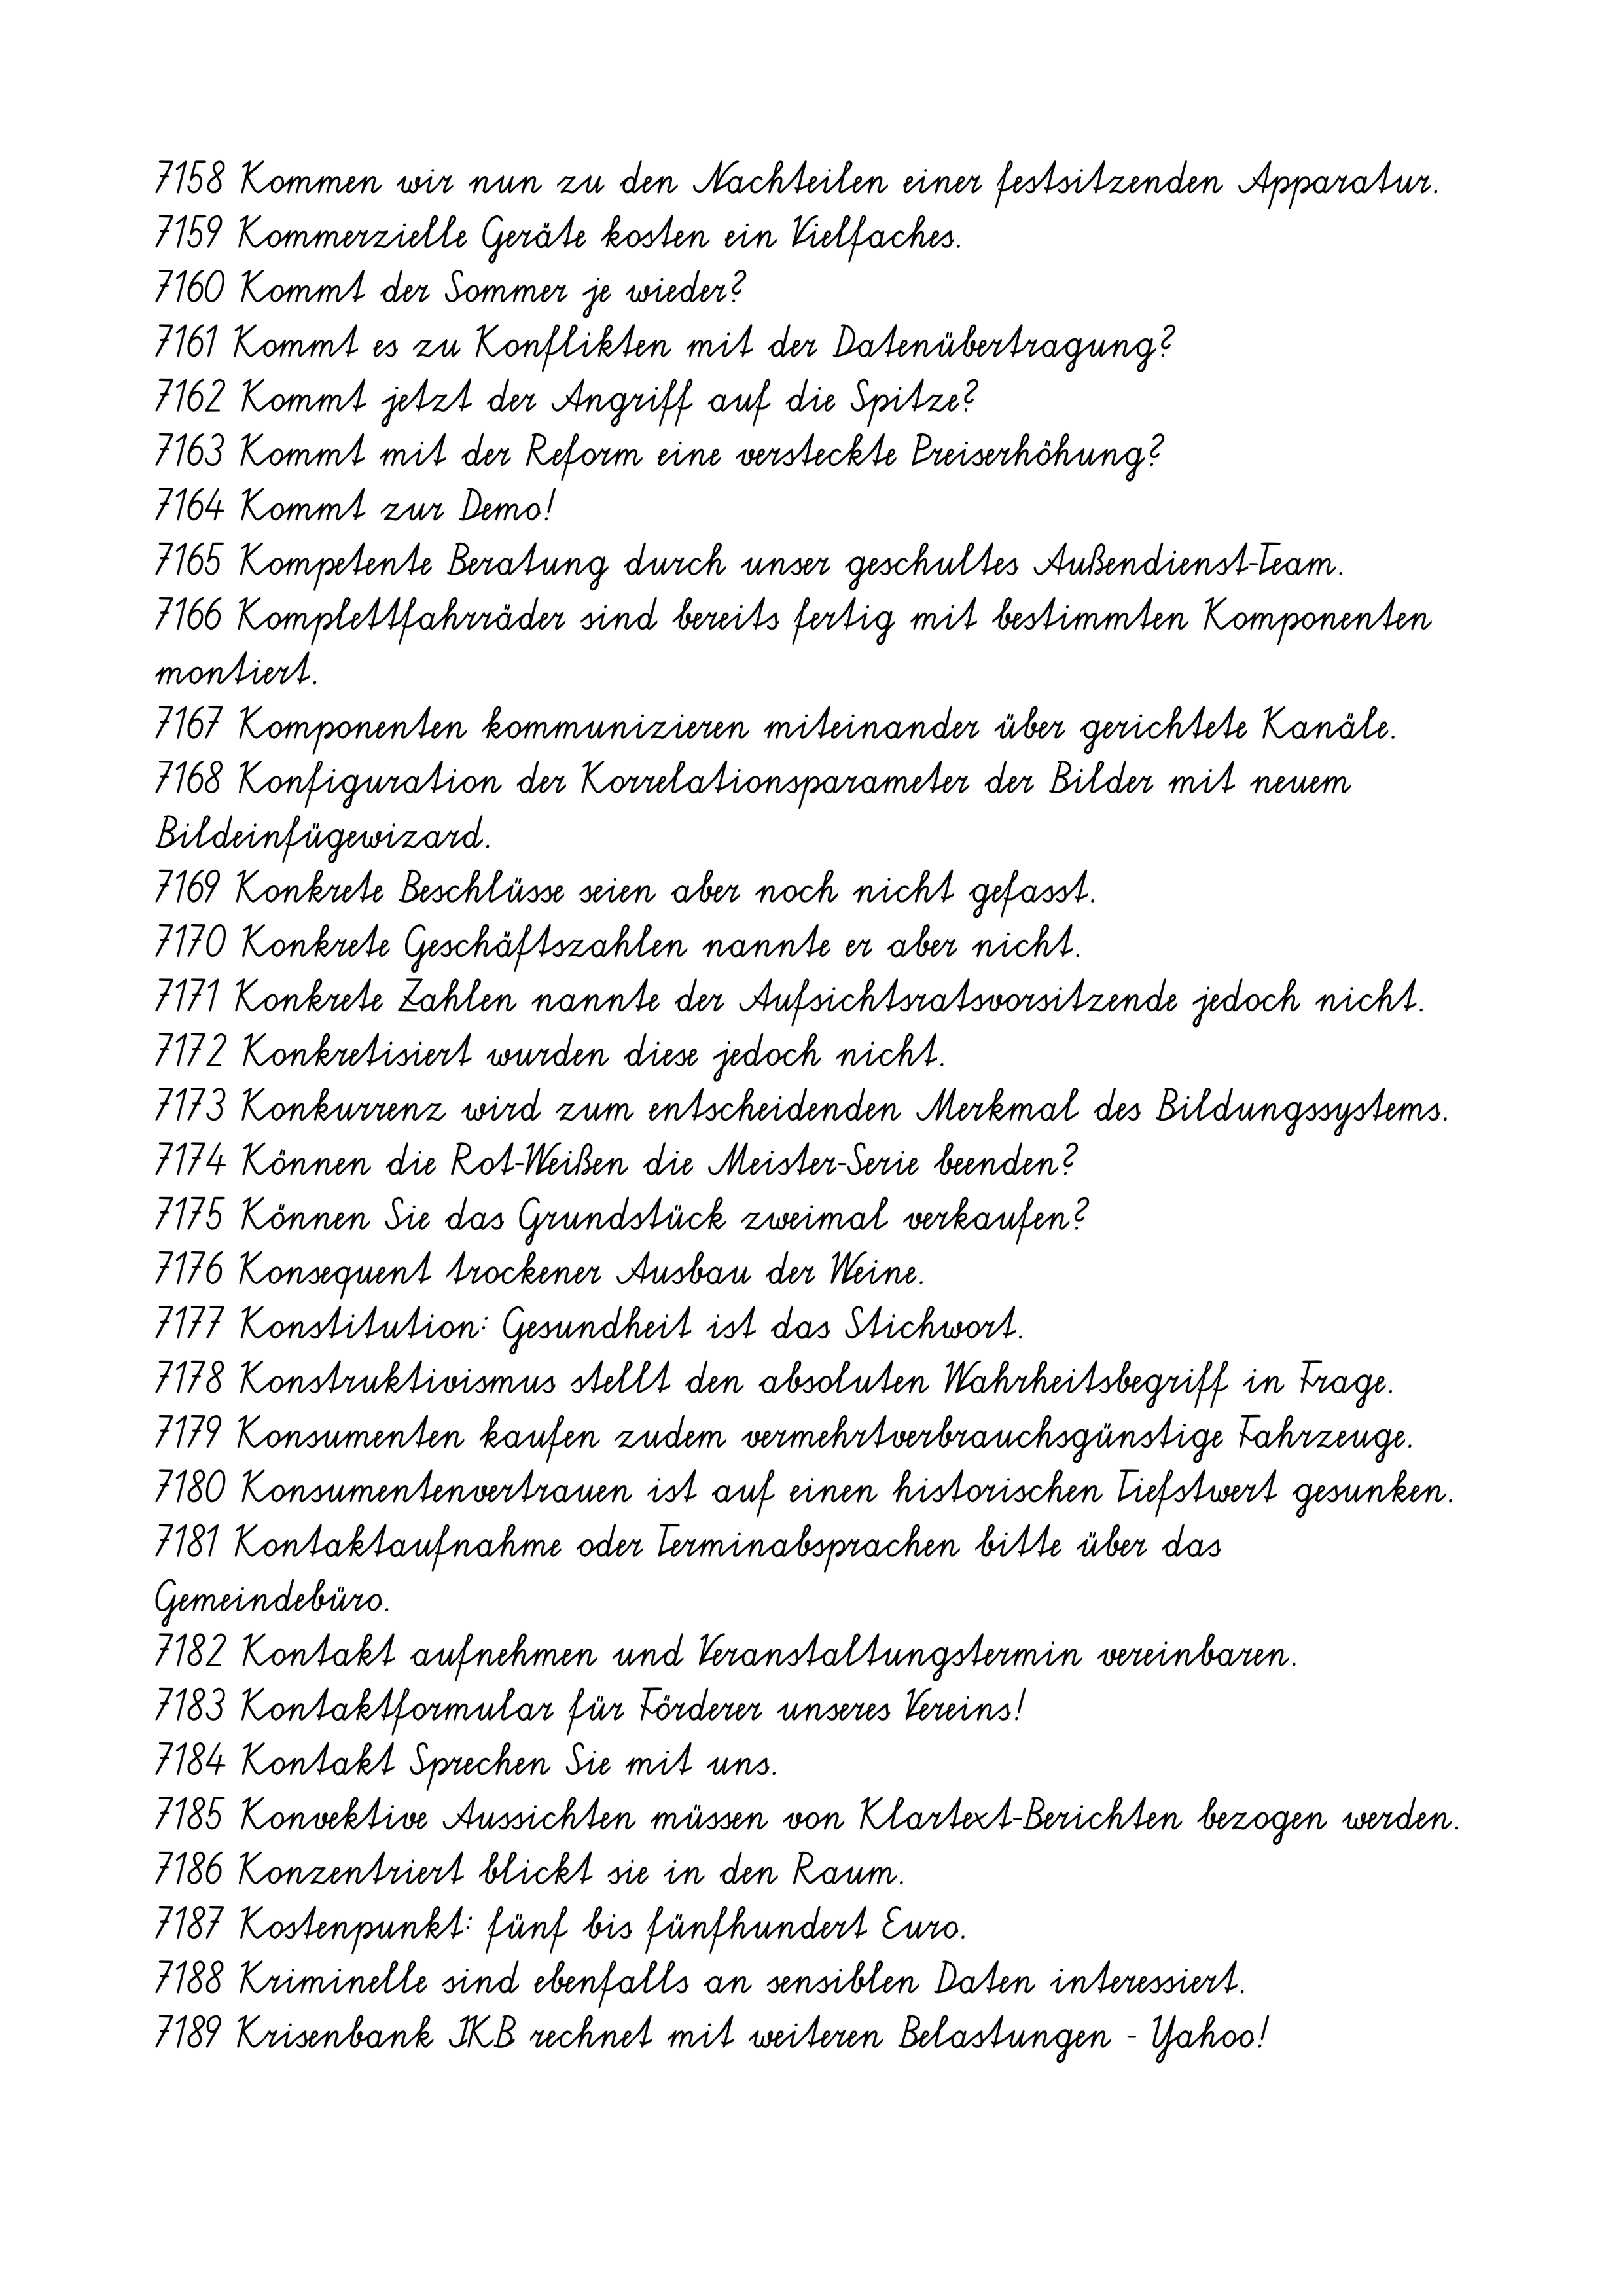
7158 Kommen wir nun zu den Nachteilen einer festsitzenden Apparatur.
7159 Kommerzielle Geräte kosten ein Vielfaches.
7160 Kommt der Sommer je wieder?
7161 Kommt es zu Konflikten mit der Datenübertragung?
7162 Kommt jetzt der Angriff auf die Spitze?
7163 Kommt mit der Reform eine versteckte Preiserhöhung?
7164 Kommt zur Demo!
7165 Kompetente Beratung durch unser geschultes Außendienst-Team.
7166 Komplettfahrräder sind bereits fertig mit bestimmten Komponenten
montiert.
7167 Komponenten kommunizieren miteinander über gerichtete Kanäle.
7168 Konfiguration der Korrelationsparameter der Bilder mit neuem
Bildeinfügewizard.
7169 Konkrete Beschlüsse seien aber noch nicht gefasst.
7170 Konkrete Geschäftszahlen nannte er aber nicht.
7171 Konkrete Zahlen nannte der Aufsichtsratsvorsitzende jedoch nicht.
7172 Konkretisiert wurden diese jedoch nicht.
7173 Konkurrenz wird zum entscheidenden Merkmal des Bildungssystems.
7174 Können die Rot-Weißen die Meister-Serie beenden?
7175 Können Sie das Grundstück zweimal verkaufen?
7176 Konsequent trockener Ausbau der Weine.
7177 Konstitution: Gesundheit ist das Stichwort.
7178 Konstruktivismus stellt den absoluten Wahrheitsbegriff in Frage.
7179 Konsumenten kaufen zudem vermehrtverbrauchsgünstige Fahrzeuge.
7180 Konsumentenvertrauen ist auf einen historischen Tiefstwert gesunken.
7181 Kontaktaufnahme oder Terminabsprachen bitte über das
Gemeindebüro.
7182 Kontakt aufnehmen und Veranstaltungstermin vereinbaren.
7183 Kontaktformular für Förderer unseres Vereins!
7184 Kontakt Sprechen Sie mit uns.
7185 Konvektive Aussichten müssen von Klartext-Berichten bezogen werden.
7186 Konzentriert blickt sie in den Raum.
7187 Kostenpunkt: fünf bis fünfhundert Euro.
7188 Kriminelle sind ebenfalls an sensiblen Daten interessiert.
7189 Krisenbank IKB rechnet mit weiteren Belastungen - Yahoo!